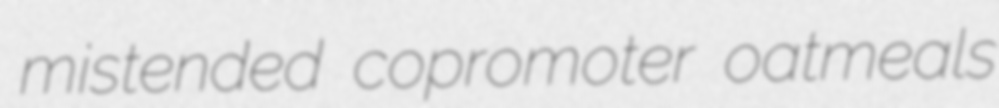
mistended copromoter oatmeals